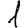
Digit: 1